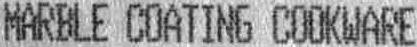
MARBLE COATING COOKWARE